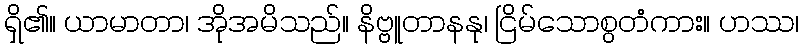
ရှိ၏။ ယာမာတာ၊ အိုအမိသည်။ နိဗ္ဗူတာနနု၊ ငြိမ်သောစွတံကား။ ဟဿ၊